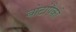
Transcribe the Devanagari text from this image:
बोटांपैकी